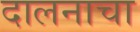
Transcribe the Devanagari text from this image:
दालनाचा